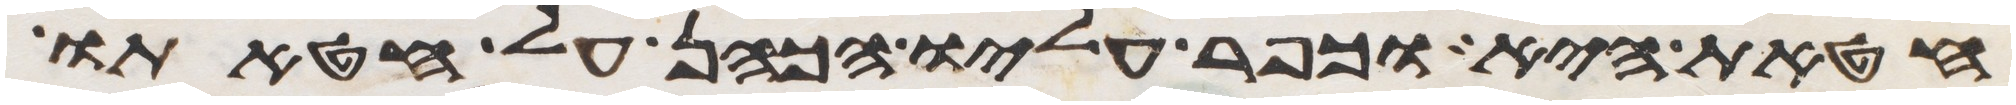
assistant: חטאת היא וכפר עליו הכהן על חטאתו